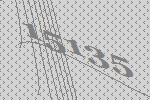
15135